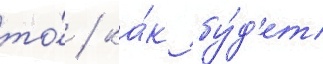
то́ / ка́к бу́д'ет